Civil Veterinary Dept. Bombay admin report 1914-1922 - 1914-1922
Year: 1914
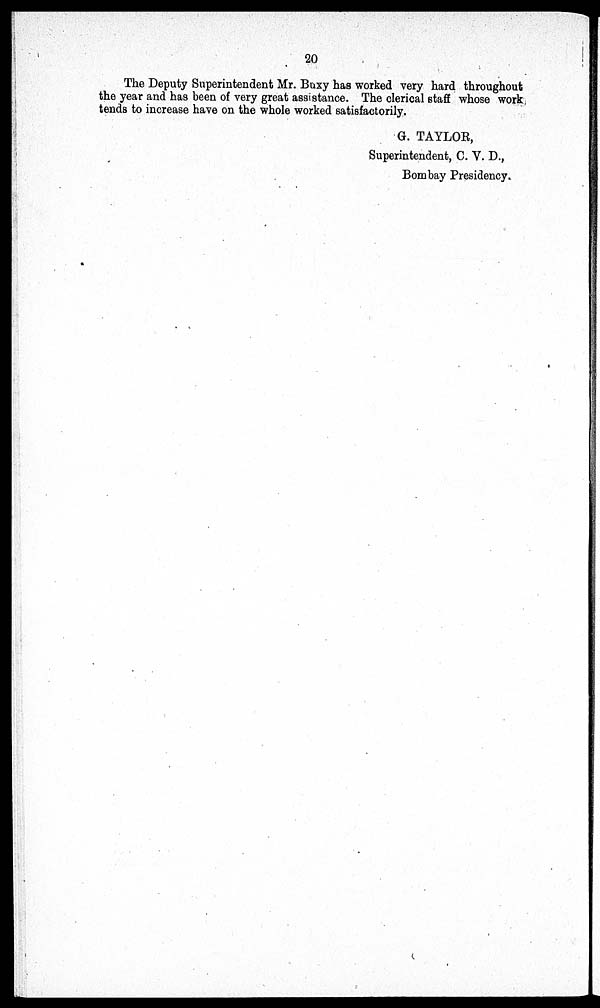
20
The Deputy Superintendent Mr. Buxy has worked very hard throughout
the year and has been of very great assistance. The clerical staff whose work
tends to increase have on the whole worked satisfactorily.
G. TAYLOR,
Superintendent, C. V. D.,
Bombay Presidency.